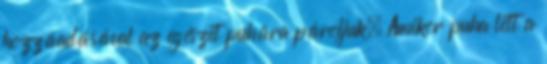
hozzáadásával az egészet puhára pároljuk. Amikor puha lett a